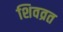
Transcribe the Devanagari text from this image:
शिवव्रत